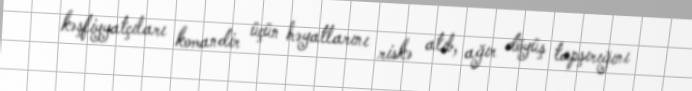
kəşfiyyatçıları komandir üçün həyatlarını riskə atıb, ağır döyüş tapşırığını